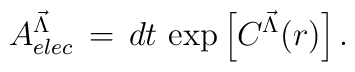
A^{{\vec \Lambda}}_{elec} \, = \, dt \, \exp \left[C^{{\vec \Lambda}}(r)\right].